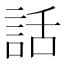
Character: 話